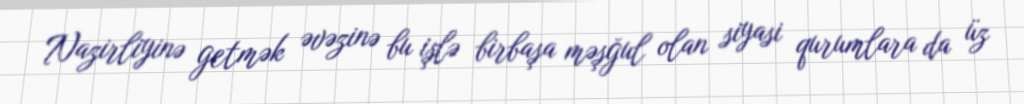
Nazirliyinə getmək əvəzinə bu işlə birbaşa məşğul olan siyasi qurumlara da üz